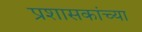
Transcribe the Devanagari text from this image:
प्रशासकांच्या